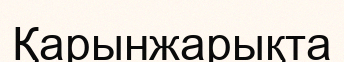
Қарынжарықта